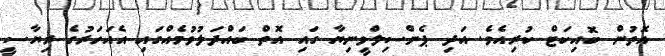
އޮތުން ބޮއިކަޓް ކުރިއެވެ. އަދި ޕެންސިލްވީނިޔާ ގައި އޮތް ބައްދަލުވުމެއްގައި އެއަހަރުގެ ރިޔާސީ